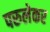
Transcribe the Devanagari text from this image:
परुलेकर